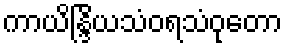
ကာယိန္ဒြိယသံဝရသံဝုတော